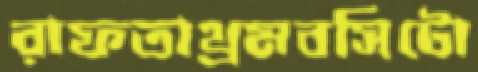
রাফতাথ্রমবসিটো